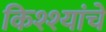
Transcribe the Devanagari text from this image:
किश्श्यांचे